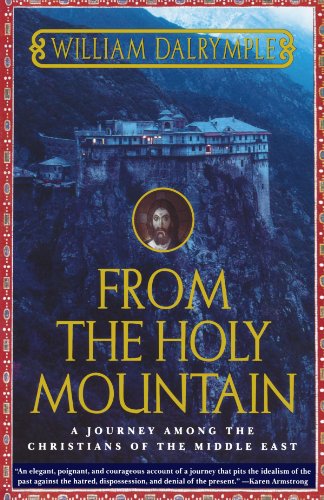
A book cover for From the Holy Mountain: A Journey among the Christians of the Middle East; William Dalrymple; History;